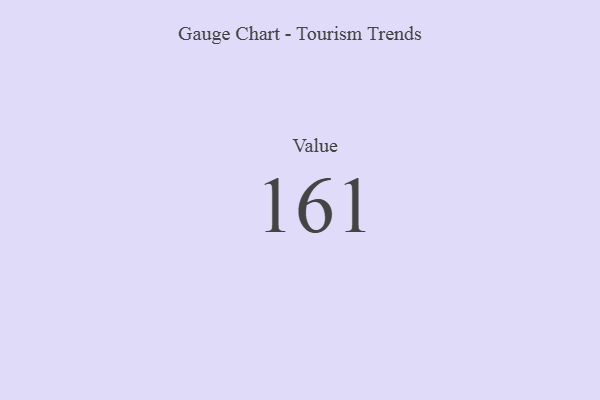
{"axis": {"x": "Metric", "y": "Value"}, "legend": [""], "data": [{"x": "Value", "y": 161, "type": ""}]}